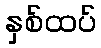
နှစ်ထပ်